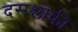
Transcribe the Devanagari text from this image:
दसश्लोकी